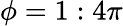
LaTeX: \phi=1:4\pi